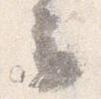
云